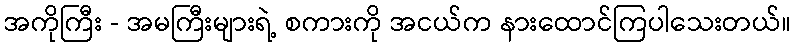
အကိုကြီး - အမကြီးများရဲ့ စကားကို အငယ်က နားထောင်ကြပါသေးတယ်။